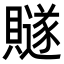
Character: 𧸙